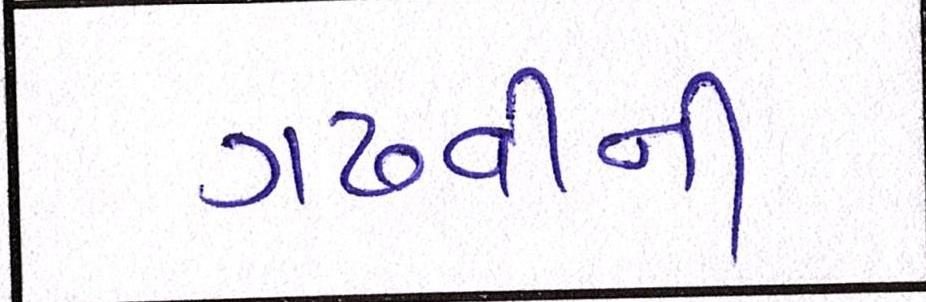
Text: ગઢવીની